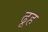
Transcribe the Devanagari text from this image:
ढूह